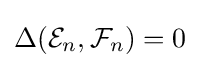
\Delta ({\mathcal {E}}_{n},{\mathcal {F}}_{n})=0